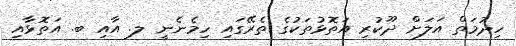
ހިދުމަތް އަލަށް ދޫކުރި އަތޮޅުތަކުގެ ތެރޭގައި ހިމެނެނީ ލ. އާއި ބ. އަތޮޅާއި